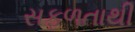
સફળતાથી